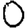
Digit: 0